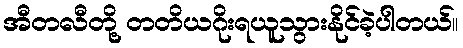
အီတလီတို့ တတိယဂိုးရယူသွားနိုင်ခဲ့ပါတယ်။